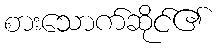
စားသောက်ဆိုင်၏